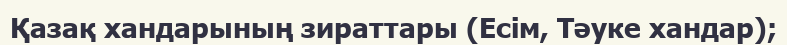
Қазақ хандарының зираттары (Есім, Тәуке хандар);